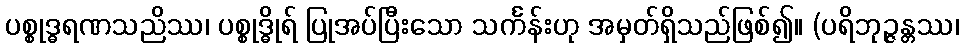
ပစ္စုဒ္ဓရဏသညိဿ၊ ပစ္စုဒ္ဓိုရ် ပြုအပ်ပြီးသော သင်္ကန်းဟု အမှတ်ရှိသည်ဖြစ်၍။ (ပရိဘုဉ္ဇန္တဿ၊